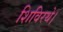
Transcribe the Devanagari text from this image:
शिविरथे।